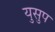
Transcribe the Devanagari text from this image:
युसुप